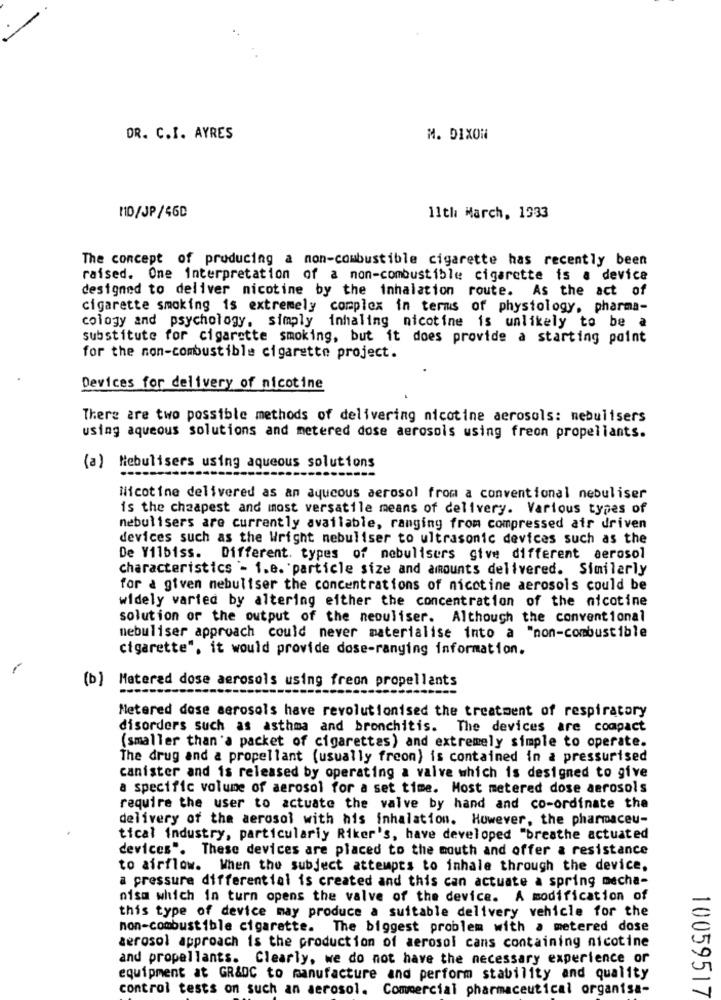
DR. C.I. AYRES
M. DIXON
110/JP/46D
11th March, 1333
The concept of producing a non-combustible cigarette has recently been
raised. One interpretation of a non-combustible cigarette is a device
designed to deliver nicotine by the inhalation route. As the act of
cigarette smoking is extremely complex in terms of physiology, pharma-
cology and psychology, simply inhaling nicotine is unlikely to be a
substitute for cigarette smoking, but it does provide a starting point
for the non-combustible cigarette project.
Devices for delivery of nicotine
There are two possible methods of delivering nicotine aerosols: nebulisers
using aqueous solutions and metered dose aerosols using freon propellants.
(a) Nebulisers using aqueous solutions
Nicotine delivered as an aqucous aerosol from a conventional nebuliser
is the cheapest and most versatile means of delivery. Various types of
nebulisers are currently available, ranging from compressed air driven
devices such as the Wright nebuliser to ultrasonic devices such as the
De Vilbiss. Different types of nebulisers give different aerosol
characteristics - 1.e. particle size and amounts delivered. Similarly
for a given nebuliser the concentrations of nicotine aerosols could be
widely varted by altering either the concentration of the nicotine
solution or the output of the neouliser. Although the conventional
nebuliser approach could never materialise into a "non-combustible
cigarette", it would provide dose-ranging information.
(b )
Materad dose aerosols using freon propellants
Metered dose aerosols have revolutionised the treatment of respiratory
disorders such as asthma and bronchitis. The devices are compact
(smaller than'a packet of cigarettes) and extremely simple to operate.
The drug and a propellant (usually freon) is contained in a pressurised
canister and is released by operating a valve which is designed to give
a specific volume of aerosol for a set time. Host metered dose aerosols
require the user to actuate the valve by hand and co-ordinate the
delivery of the aerosol with his inhalation. However, the pharmaceu-
tical industry, particularly Riker's, have developed "breathe actuated
devices". These devices are placed to the mouth and offer a resistance
to airflow. When the subject attempts to inhale through the device.
a pressure differential is created and this can actuate a spring mecha-
oism which in turn opens the valve of the device. A modification of
this type of device may produce a suitable delivery vehicle for the
non-combustible cigarette. The biggest problem with a metered dose
aerosol approach is the production of aerosol cans containing nicotine
and propellants. Clearly, we do not have the necessary experience or
equipment at GR&DC to manufacture and perform stability and quality
control tests on such an aerosol.
Commercial pharmaceutical organisa-
10059517